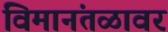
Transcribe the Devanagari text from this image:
विमानंतळावर